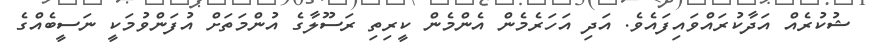
ޝުކުރެއް އަދާކުރައްވައިފައެވެ. އަދި އަހަރެމެން އެންމެން ކީރިތި ރަސޫލާގެ އުންމަތަށް އުފަންވުމަކީ ނަސީބެއްގެ